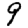
Digit: 9